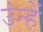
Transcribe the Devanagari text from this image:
उंन्हें